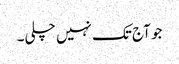
جو آج تک نہیں چلی۔